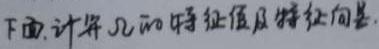
下面,计算$\mathcal{A}$的特征值及特征向量.